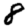
Digit: 8